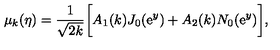
\mu _ { k } ( \eta ) = \frac { 1 } { \sqrt { 2 k } } \biggl [ A _ { 1 } ( k ) J _ { 0 } ( \mathrm { e } ^ { y } ) + A _ { 2 } ( k ) N _ { 0 } ( \mathrm { e } ^ { y } ) \biggr ] ,